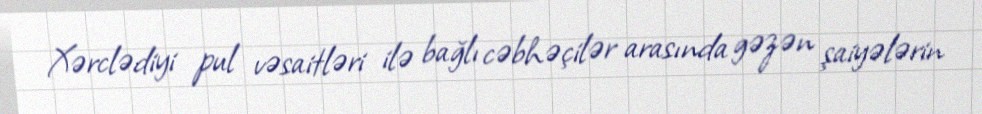
Xərclədiyi pul vəsaitləri ilə bağlı cəbhəçilər arasında gəzən şaiyələrin